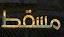
مسقط